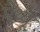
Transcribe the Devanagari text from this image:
मैथ्‍यू